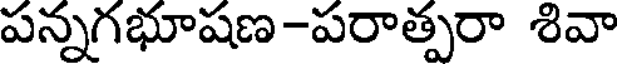
పన్నగభూషణ-పరాత్పరా శివా